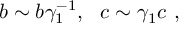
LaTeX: b \sim b \gamma _ { 1 } ^ { - 1 } , ~ ~ c \sim \gamma _ { 1 } c \ ,